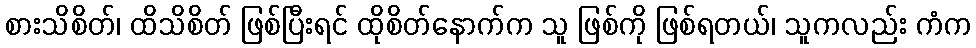
စားသိစိတ်၊ ထိသိစိတ် ဖြစ်ပြီးရင် ထိုစိတ်နောက်က သူ ဖြစ်ကို ဖြစ်ရတယ်၊ သူကလည်း ကံက